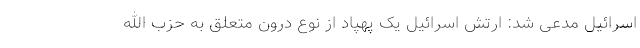
اسرائیل مدعی شد: ارتش اسرائیل یک پهپاد از نوع درون متعلق به حزب الله